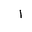
Letter: _alif